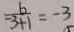
\frac { b } { - 3 + 1 } = - 3